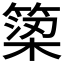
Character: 𥱋